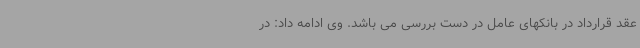
عقد قرارداد در بانکهای عامل در دست بررسی می باشد. وی ادامه داد: در